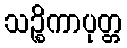
သဉ္စိကာပုတ္တ